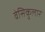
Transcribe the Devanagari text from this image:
वेसिकुलार